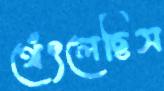
থেঁৎলেছিস